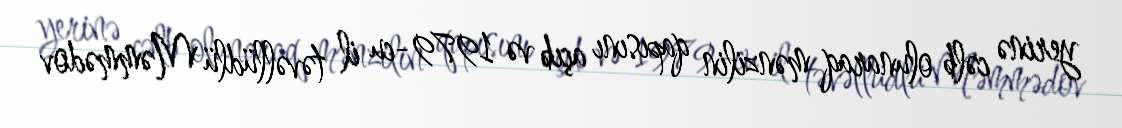
yerinə cəlb olunaraq mənzilin qapısını açıb və 1979-cu il təvəllüdlü Məmmədov